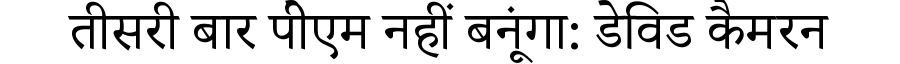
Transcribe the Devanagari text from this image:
तीसरी बार पीेएम नहीं बनूंगा: डेविड कैमरन